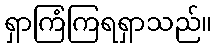
ရှာကြံကြရရှာသည်။